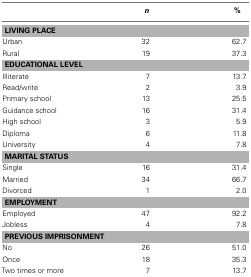
<table><thead><tr><td></td><td><b><i>n</i></b></td><td><b>%</b></td></tr></thead><tbody><tr><td colspan="3"><b>LIVING PLACE</b></td></tr><tr><td>Urban</td><td>32</td><td>62.7</td></tr><tr><td>Rural</td><td>19</td><td>37.3</td></tr><tr><td colspan="3"><b>EDUCATIONAL LEVEL</b></td></tr><tr><td>Illiterate</td><td>7</td><td>13.7</td></tr><tr><td>Read/write</td><td>2</td><td>3.9</td></tr><tr><td>Primary school</td><td>13</td><td>25.5</td></tr><tr><td>Guidance school</td><td>16</td><td>31.4</td></tr><tr><td>High school</td><td>3</td><td>5.9</td></tr><tr><td>Diploma</td><td>6</td><td>11.8</td></tr><tr><td>University</td><td>4</td><td>7.8</td></tr><tr><td colspan="3"><b>MARITAL STATUS</b></td></tr><tr><td>Single</td><td>16</td><td>31.4</td></tr><tr><td>Married</td><td>34</td><td>66.7</td></tr><tr><td>Divorced</td><td>1</td><td>2.0</td></tr><tr><td colspan="3"><b>EMPLOYMENT</b></td></tr><tr><td>Employed</td><td>47</td><td>92.2</td></tr><tr><td>Jobless</td><td>4</td><td>7.8</td></tr><tr><td colspan="3"><b>PREVIOUS IMPRISONMENT</b></td></tr><tr><td>No</td><td>26</td><td>51.0</td></tr><tr><td>Once</td><td>18</td><td>35.3</td></tr><tr><td>Two times or more</td><td>7</td><td>13.7</td></tr></tbody></table>